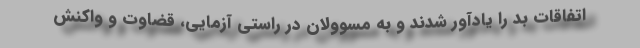
اتفاقات بد را یادآور شدند و به مسوولان در راستی آزمایی، قضاوت و واکنش